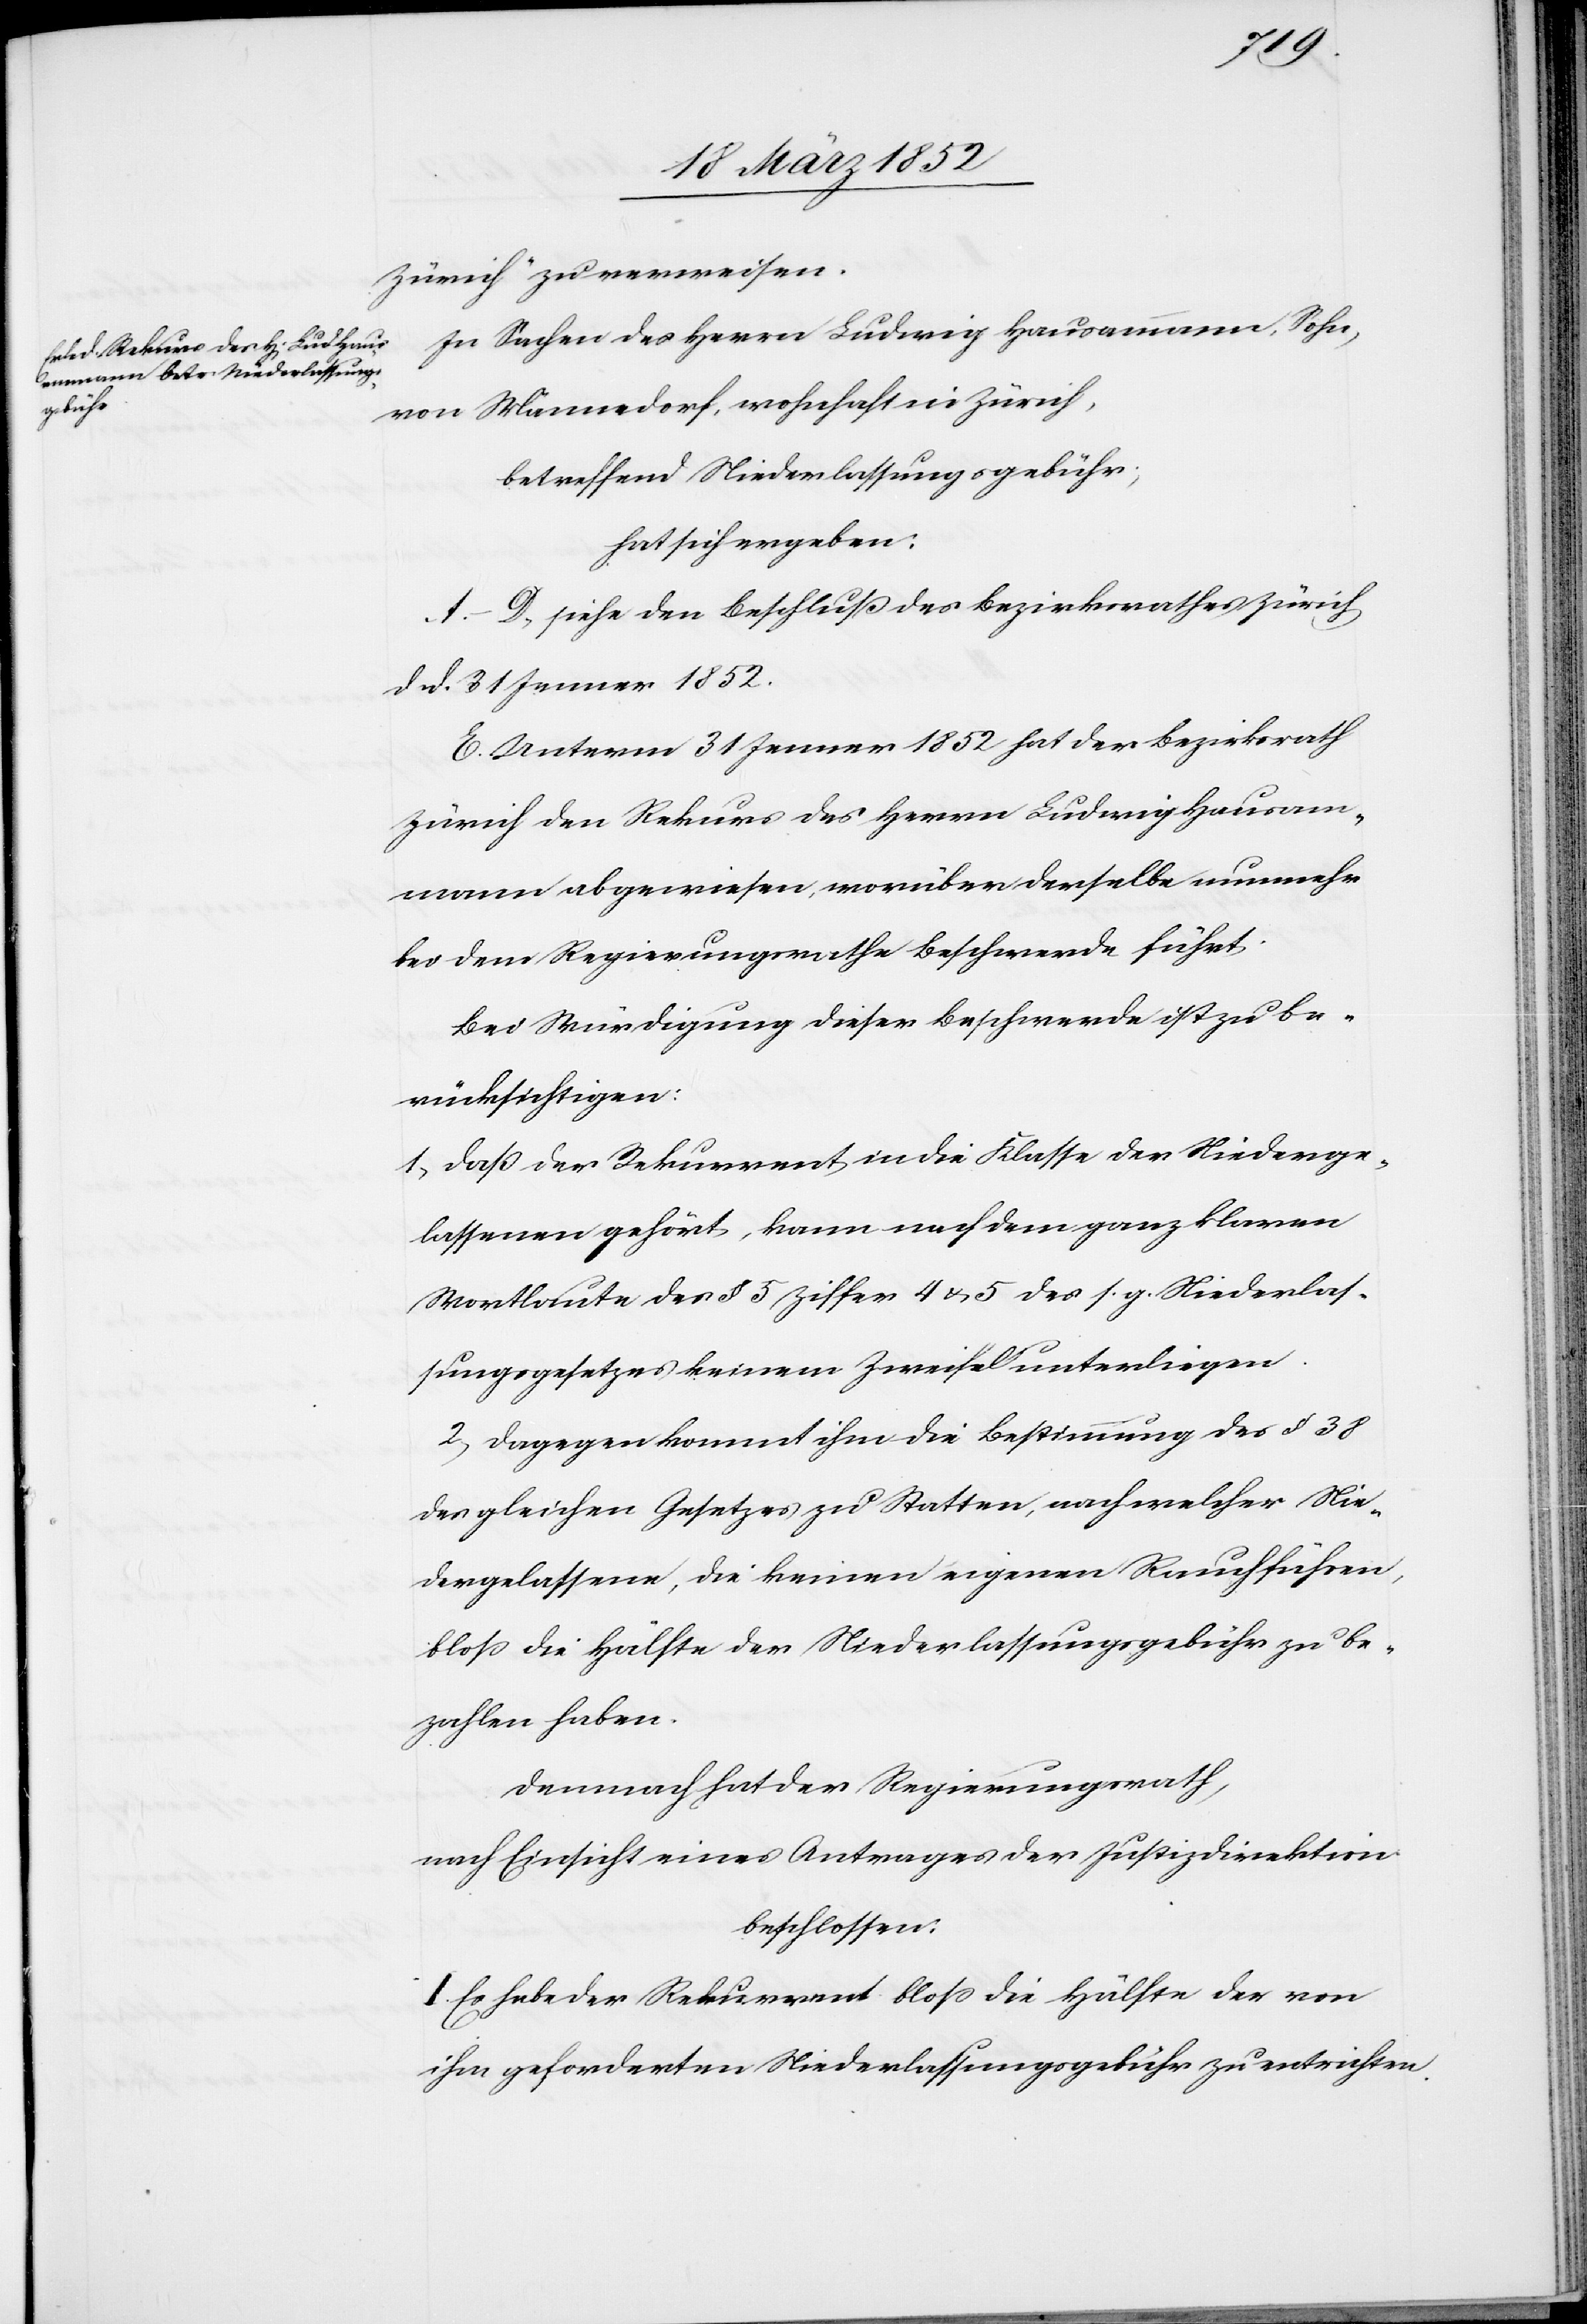
Zürich“ zu verweisen.
In Sachen des Herrn Ludwig Hausammann, Sohn,
von Männedorf, wohnhaft in Zürich,
betreffend Niederlassungsgebühr;
hat sich ergeben:
A.–D. siehe den Beschluß des Bezirksrathes Zürich
d. d. 31 Jenner 1852.
E. Unterm 31 Jenner 1852 hat der Bezirksrath
Zürich den Rekurs des Herrn Ludwig Hausam¬
mann abgewiesen, worüber derselbe nunmehr
bei dem Regierungsrathe Beschwerde führt.
Bei Würdigung dieser Beschwerde ist zu be¬
rücksichtigen:
1) Daß der Rekurrent in die Klasse der Niederge¬
lassenen gehört, kann nach dem ganz klaren
Wortlaute des § 5 Ziffer 4 u. 5. des s. g. Niederlas¬
sungsgesetzes keinem Zweifel unterliegen.
2) Dagegen kommt ihm die Bestimmung des § 38
des gleichen Gesetzes zu Statten, nach welcher Nie¬
dergelassene, die keinen eigenen Rauch führen,
bloß die Hälfte der Niederlassungsgebühr zu be¬
zahlen haben.
Demnach hat der Regierungsrath,
nach Einsicht eines Antrages der Justizdirektion
beschlossen:
I. Es habe der Rekurrent bloß die Hälfte der von
ihm geforderten Niederlassungsgebühr zu entrichten.